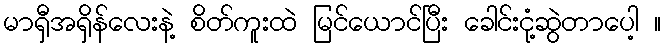
မာရှီအရှိန်လေးနဲ့ စိတ်ကူးထဲ မြင်ယောင်ပြီး ခေါင်းငုံ့ဆွဲတာပေါ့ ။